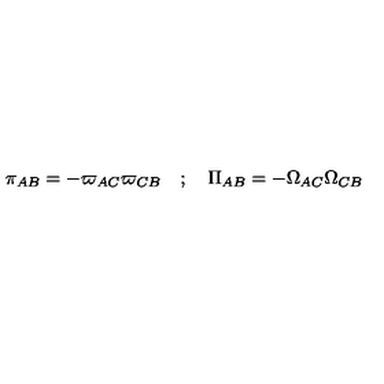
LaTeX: \pi _ { A B } = - \varpi _ { A C } \varpi _ { C B } \quad ; \quad \Pi _ { A B } = - \Omega _ { A C } \Omega _ { C B }